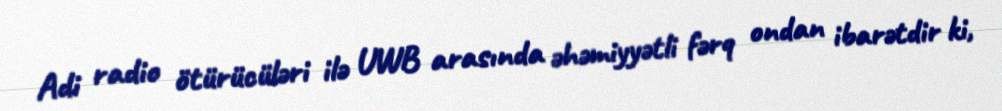
Adi radio ötürücüləri ilə UWB arasında əhəmiyyətli fərq ondan ibarətdir ki,